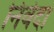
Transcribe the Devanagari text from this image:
निर्वेदा